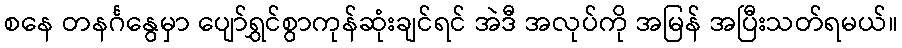
စနေ တနင်္ဂနွေမှာ ပျော်ရွှင်စွာကုန်ဆုံးချင်ရင် အဲဒီ အလုပ်ကို အမြန် အပြီးသတ်ရမယ်။